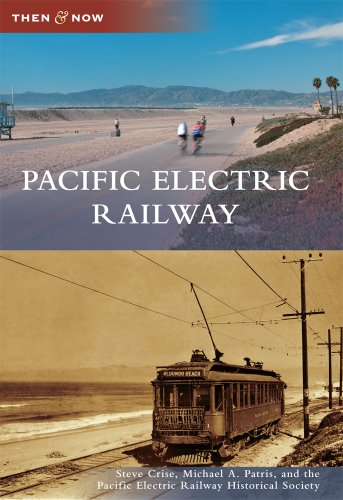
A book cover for Pacific Electric Railway (Then & Now (Arcadia)); Steve Crise; Engineering & Transportation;